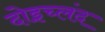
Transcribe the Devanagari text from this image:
दोइच्लंद